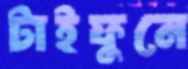
টাইফুনে